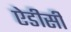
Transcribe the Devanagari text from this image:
ऐडीसी